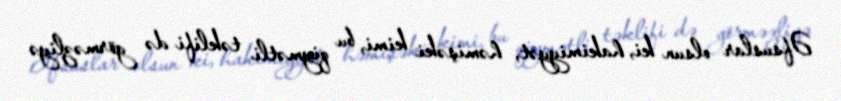
Əfsuslar olsun ki, hakimiyyət, həmişəki kimi, bu qiymətli təklifi də görməzliyə